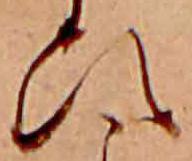
ひ